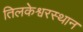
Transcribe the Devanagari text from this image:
तिलकेश्वरस्थान